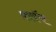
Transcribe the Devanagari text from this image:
फ़्लॅच